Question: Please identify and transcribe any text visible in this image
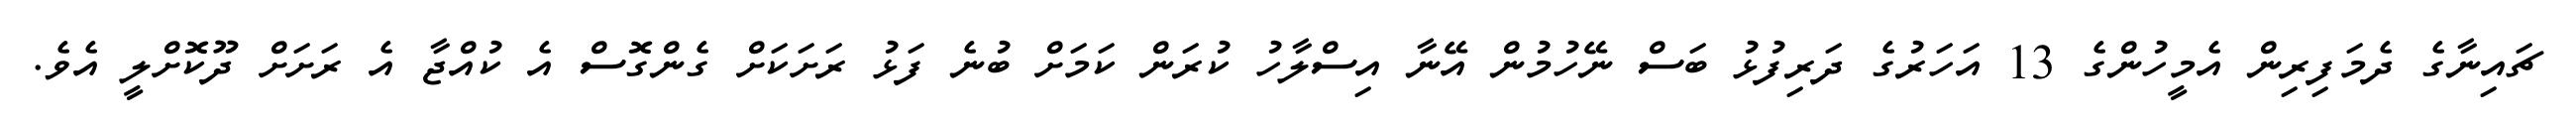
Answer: ޗައިނާގެ ދެމަފިރިން އެމީހުންގެ 13 އަހަރުގެ ދަރިފުޅު ބަސް ނޭހުމުން އޭނާ އިސްލާހު ކުރަން ކަމަށް ބުނެ ފަޅު ރަށަކަށް ގެންގޮސް އެ ކުއްޖާ އެ ރަށަށް ދޫކޮށްލީ އެވެ.